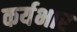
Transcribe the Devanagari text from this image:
कर्यभार